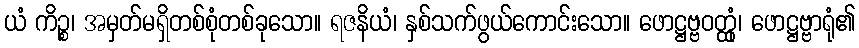
ယံ ကိဉ္စ၊ အမှတ်မရှိတစ်စုံတစ်ခုသော။ ရဇနိယံ၊ နှစ်သက်ဖွယ်ကောင်းသော။ ဖောဋ္ဌဗ္ဗဝတ္ထုံ၊ ဖောဋ္ဌဗ္ဗာရုံ၏